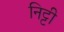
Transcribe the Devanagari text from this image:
निट्टी